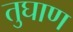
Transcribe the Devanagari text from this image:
तुघाण